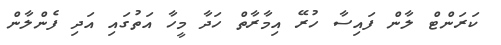
ކަރަންޓް ލާން ފައިސާ ހުރޭ އިމާރާތް ހަދާ މީހާ އަތުގައި އަދި ފެންލާން